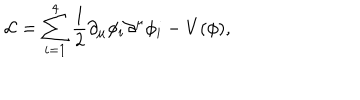
LaTeX: { \cal L } = \sum _ { i = 1 } ^ { 4 } \frac { 1 } { 2 } \partial _ { \mu } \phi _ { i } \partial ^ { \mu } \phi _ { i } - V ( \phi ) ,